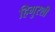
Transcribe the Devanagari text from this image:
हिगुरशी